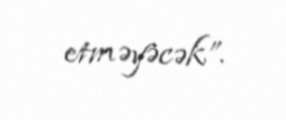
etməyəcək”.